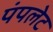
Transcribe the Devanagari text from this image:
पंपलेट